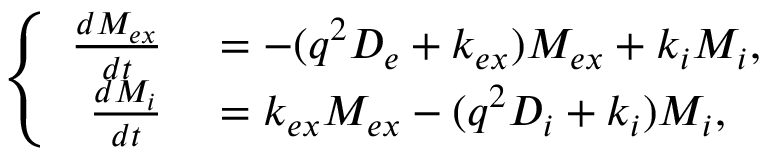
\left\{ \begin{array} { r l } { \frac { d M _ { e x } } { d t } } & { { } = - ( q ^ { 2 } D _ { e } + k _ { e x } ) M _ { e x } + k _ { i } M _ { i } , } \\ { \frac { d M _ { i } } { d t } } & { { } = k _ { e x } M _ { e x } - ( q ^ { 2 } D _ { i } + k _ { i } ) M _ { i } , } \end{array} \right.